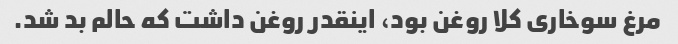
مرغ سوخاری کلا روغن بود، اینقدر روغن داشت که حالم بد شد.